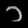
Digit: ၁